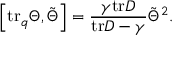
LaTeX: \left[ \mathrm { t r } _ { q } \Theta , \tilde { \Theta } \right] = \frac { \gamma \mathrm { t r } D } { \mathrm { t r } D - \gamma } \tilde { \Theta } ^ { 2 } .